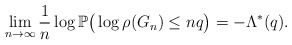
\begin{align*}\lim_{n \to \infty} \frac{1}{n} \log \mathbb{P} \big( \log \rho(G_n) \leq n q \big) = - \Lambda^*(q). \end{align*}